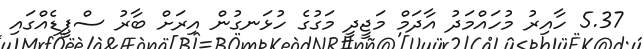
5.37 ހާއިރު މުހައްމަދު އާދަމް މަޖީދީ މަގުގެ ހުޅަނގުން އިރަށް ބާރު ސްޕީޑެއްގައި